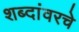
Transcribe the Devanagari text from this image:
शब्दांवरचे